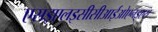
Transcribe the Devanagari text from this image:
एसइएलइसीसीआईओएनइएस